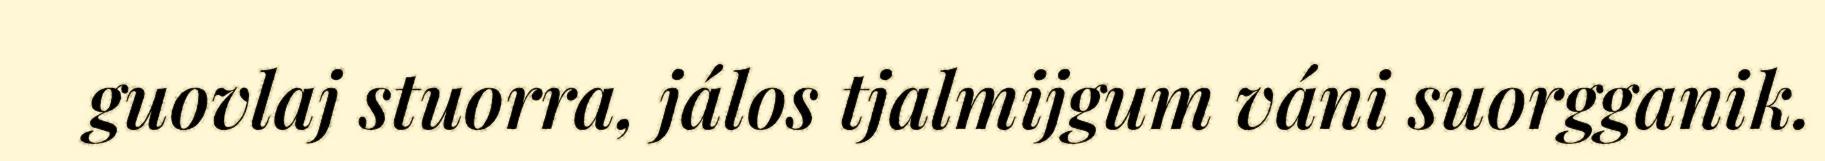
guovlaj stuorra, jálos tjalmijgum váni suorgganik.